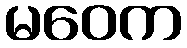
မဝေက